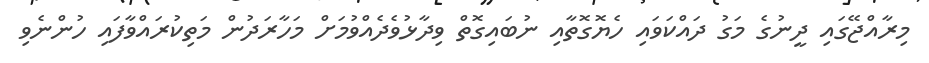
މިރާއްޖޭގައި ދީނުގެ މަގު ދައްކަވައި ހެޔޮގޮތާއި ނުބައިގޮތް ވިދާޅުވެދެއްވުމަށް މަހާރަދުން މަތިކުރައްވާފައި ހުންނެވި